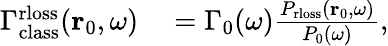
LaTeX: \begin{array}{rl}{\Gamma_{\mathrm{class}}^{\mathrm{rloss}}(\mathbf{r}_{0},\omega)}&{{}=\Gamma_{0}(\omega)\frac{P_{\mathrm{rloss}}(\mathbf{r}_{0},\omega)}{P_{0}(\omega)},}\end{array}